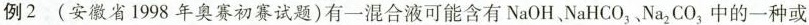
例2 （安徽省1998年奥赛初赛试题）有一混合液可能含有 NaOH、NaHCO_{3}、Na_{2}CO_{3}中的一种或